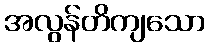
အလွန်တိကျသော